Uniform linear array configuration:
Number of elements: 16
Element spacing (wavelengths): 1
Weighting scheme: hann
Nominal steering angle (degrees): -60
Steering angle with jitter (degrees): -61.229
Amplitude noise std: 0.05
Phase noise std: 0.05

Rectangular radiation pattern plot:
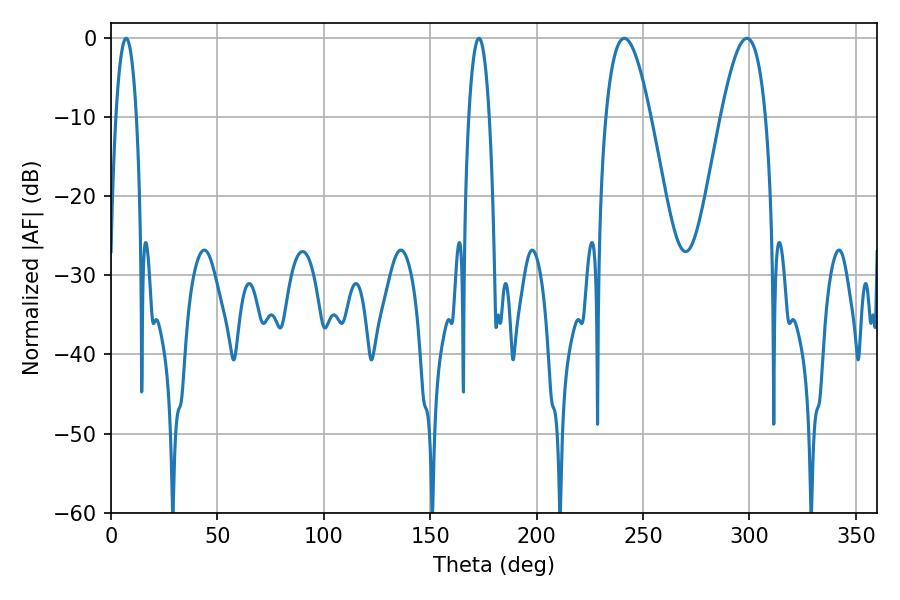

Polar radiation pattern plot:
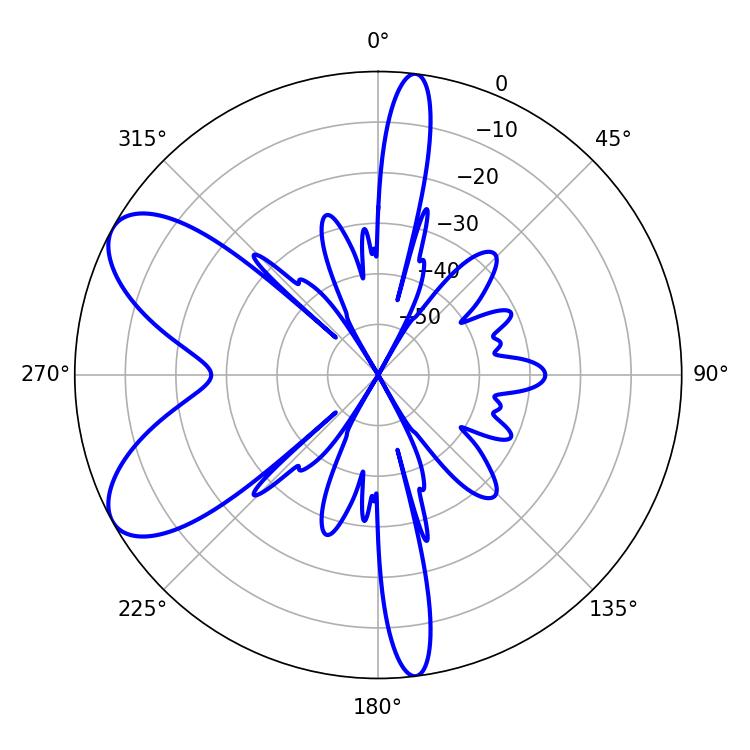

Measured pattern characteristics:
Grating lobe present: TRUE
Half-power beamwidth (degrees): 11.52
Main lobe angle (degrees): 241.2